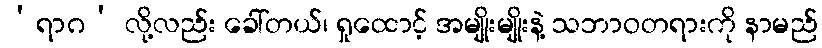
‘ရာဂ’ လို့လည်း ခေါ်တယ်၊ ရှုထောင့် အမျိုးမျိုးနဲ့ သဘာဝတရားကို နာမည်